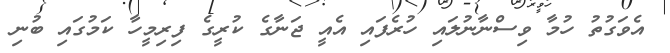
އެވަގުތު ހުމާ ވިސްނާނުލައި ހުރެފައި އެއީ ޖަނާގެ ކުރީގެ ފިރިމީހާ ކަމުގައި ބުނި